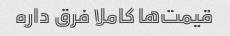
قیمت‌ها کاملا فرق داره